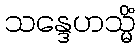
သန္ဒေဟသ္မိံ